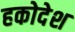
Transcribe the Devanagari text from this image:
हकोदेश